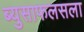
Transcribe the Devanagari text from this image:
ब्युसाफलसला